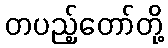
တပည့်တော်တို့